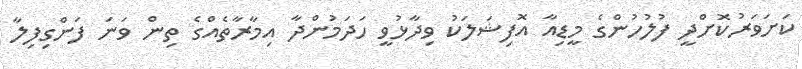
ކަށަވަރުކޮށްދީ ފުލުހުންގެ މީޑިއާ އޮފިޝަލަކު ވިދާޅުވީ ހަދަމުންދާ އިމާރާތެއްގެ ތިން ވަނަ ފަންގިފިލާ